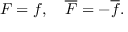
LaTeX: F = f , \quad \overline { { F } } = - \overline { { f } } .